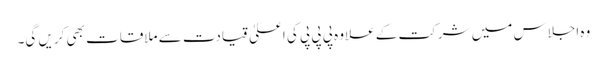
وہ اجلاس میں شرکت کے علاوہ پی پی پی کی اعلیٰ قیادت سے ملاقات بھی کریں گی۔